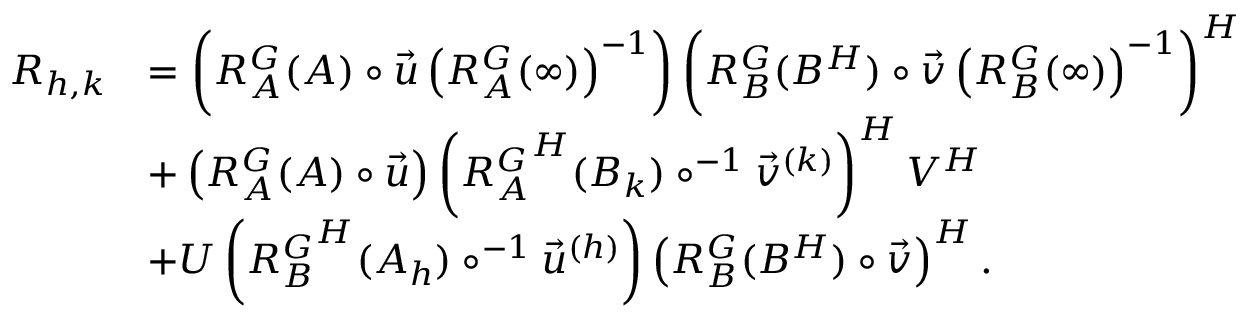
\begin{array} { r l } { R _ { h , k } } & { = \left( R _ { A } ^ { G } ( A ) \circ \vec { u } \left( R _ { A } ^ { G } ( \infty ) \right) ^ { - 1 } \right) \left( R _ { B } ^ { G } ( B ^ { H } ) \circ \vec { v } \left( R _ { B } ^ { G } ( \infty ) \right) ^ { - 1 } \right) ^ { H } } \\ & { + \left( R _ { A } ^ { G } ( A ) \circ \vec { u } \right) \left( { R _ { A } ^ { G } } ^ { H } ( B _ { k } ) \circ ^ { - 1 } \vec { v } ^ { ( k ) } \right) ^ { H } V ^ { H } } \\ & { + U \left( { R _ { B } ^ { G } } ^ { H } ( A _ { h } ) \circ ^ { - 1 } \vec { u } ^ { ( h ) } \right) \left( R _ { B } ^ { G } ( B ^ { H } ) \circ \vec { v } \right) ^ { H } . } \end{array}